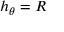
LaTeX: h _ { \theta } = R